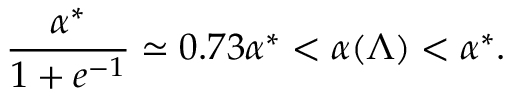
\frac { \alpha ^ { * } } { 1 + e ^ { - 1 } } \simeq 0 . 7 3 \alpha ^ { * } < \alpha ( \Lambda ) < \alpha ^ { * } .